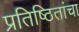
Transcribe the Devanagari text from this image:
प्रतिष्ठितांचा